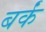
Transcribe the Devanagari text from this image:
बर्कं